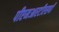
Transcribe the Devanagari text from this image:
पीएमआरटीएसपी